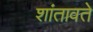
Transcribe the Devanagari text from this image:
शांतावते